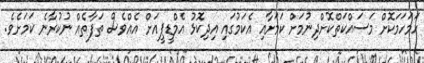
ހަމަހަމަކޮށް މަަސައްކަތްކޮށްްދިނުމަށް ކަމަށާއި އެކަމުގައި އިދިކޮޅު އެމްޑީޕީއަށް އެއްވެސް ތަފާތެއް ނުކުރާނެ ކަމަށެވެ.